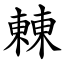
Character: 㯥